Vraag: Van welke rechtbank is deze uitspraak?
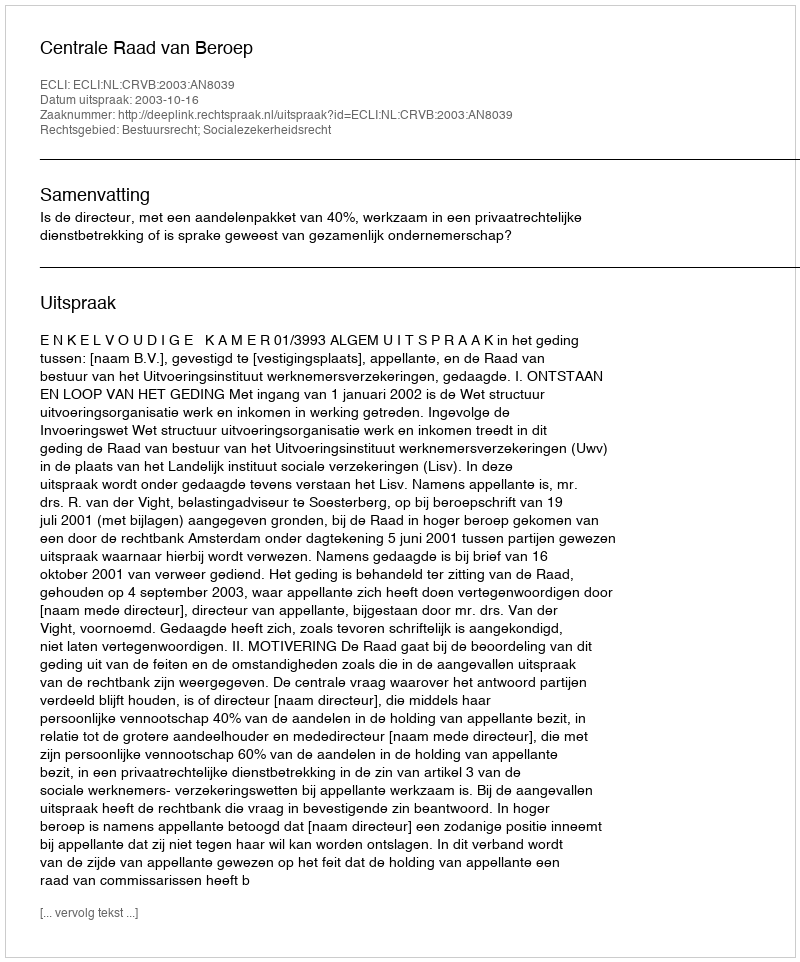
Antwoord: Centrale Raad van Beroep